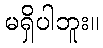
မရှိပါဘူး။